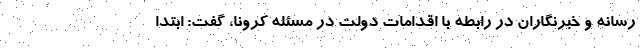
رسانه و خبرنگاران در رابطه با اقدامات دولت در مسئله کرونا، گفت: ابتدا